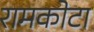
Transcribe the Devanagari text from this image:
रामकोटा